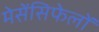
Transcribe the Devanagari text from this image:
मेसेंसिफेलों